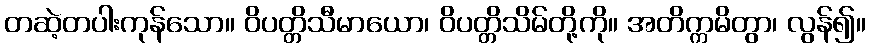
တဆဲ့တပါးကုန်သော။ ဝိပတ္တိသီမာယော၊ ဝိပတ္တိသိမ်တို့ကို။ အတိက္ကမိတွာ၊ လွန်၍။